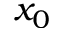
x _ { 0 }